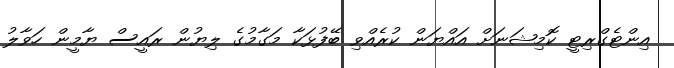
އިންޓެގްރިޓީ ކޮމިޝަނަށް އައްޔަން ކުރެއްވި ބޭފުޅަކާ މަގާމުގެ ލިޔުން ރައީސް ޔާމީން ހަވާލު